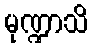
မုဏ္ဍာသိ